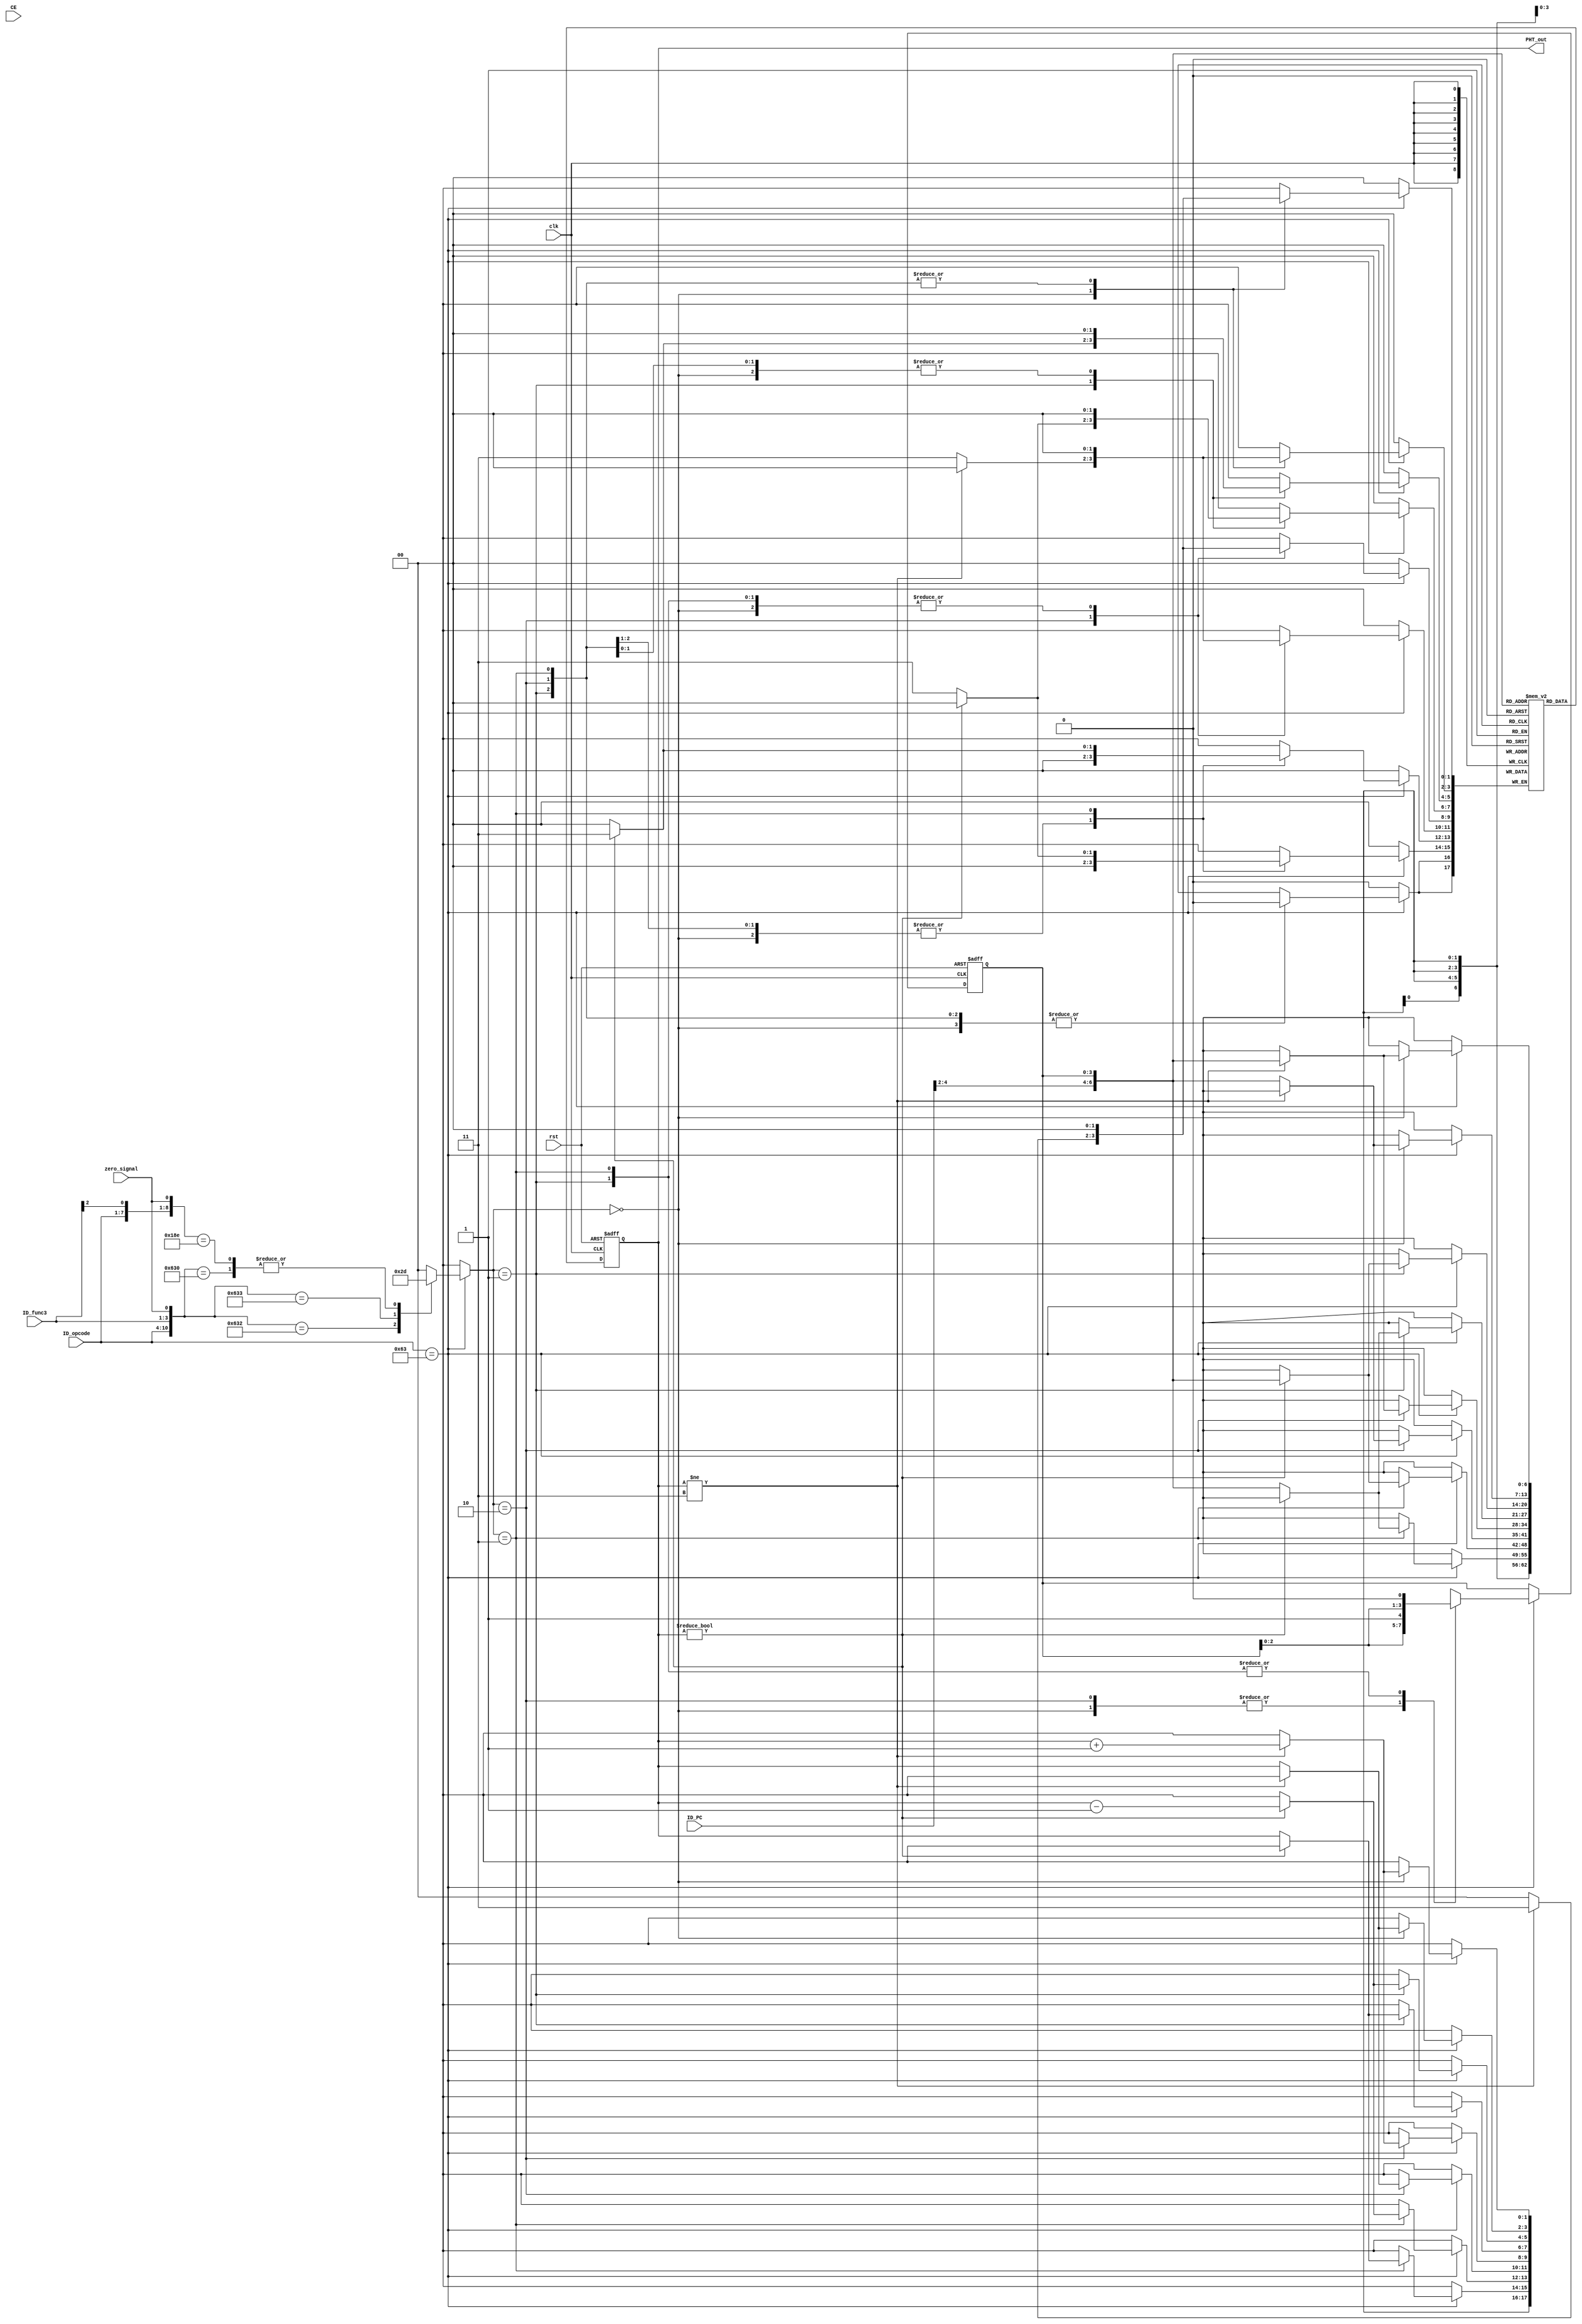
`timescale 1ps / 1ps
//////////////////////////////////////////////////////////////////////////////////
// Company: 
// Engineer: 
// 
// Design Name: 
// Module Name: BHR_and_PHT
// Project Name: 
// Target Devices: 
// Tool Versions: 
// Description: 
// 
// Dependencies: 
// 
// Revision:
// Revision 0.01 - File Created
// Additional Comments:
// 
//////////////////////////////////////////////////////////////////////////////////

//negedge for component inside the stage, posedge for register between the stage!!!

module BHR_and_PHT(
		input clk,
		input rst,
		input CE,
		input [31:0] ID_PC,				
		input [6:0] ID_opcode,
		input [2:0] ID_func3,
		input zero_signal,
		output wire [1:0] PHT_out
		);
		
		reg [6:0] IF_opcode;
		reg [3:0] BHR_stored;
		reg [1:0] PHT;
		reg [6:0] PHT_address;
		reg [1:0] PHT_stored [0:127];
		assign PHT_out = PHT;
		
		
		integer i;
		
		initial begin
			for (i=0;i<127;i=i+1) begin
				PHT_stored[i] = 2'b10;
			end
		end
			

			
		//Store current BHR
		always @(posedge clk or posedge rst) begin
		if (rst == 1) begin					// reset
			BHR_stored <= 0;
		end
		else begin
			if (ID_opcode == 7'b1100011) //&& !SD_PC_dstall && !SD_B_L_dstall) 
			begin
				case (result_upadte(ID_opcode, ID_func3, zero_signal))
				2'b00: BHR_stored <= {BHR_stored[2:0],1'b1};
				2'b01: BHR_stored <= {BHR_stored[2:0],1'b0};
				2'b10: BHR_stored <= {BHR_stored[2:0],1'b1};
				2'b11: BHR_stored <= {BHR_stored[2:0],1'b0};
				default: BHR_stored <= BHR_stored;
				endcase
			end
		end	
		end
		
		always @ (*)
		begin
			PHT_address = {ID_PC[4:2], BHR_stored};
		end
		
		always @(negedge clk or posedge rst) begin
		if (rst == 1) begin					// reset
			PHT <= 2'b10;
		end
		else 
			begin
				PHT <= PHT_stored[PHT_address];
			end
		end
		
		always @(posedge clk) 
		begin
			if (ID_opcode == 7'b1100011)
				begin
					case (result_upadte(ID_opcode, ID_func3, zero_signal))
							2'b00: 
								begin							//BEQ taken (actual)
									if (PHT!=3) 
										begin				
											PHT_stored[PHT_address] <= PHT+1;
										end
									else 
										begin	
											PHT_stored[PHT_address] <= PHT;
										end
								end
							2'b01: 
								begin							//BEQ not taken (actual)
									if (PHT!=0) 
										begin				
											PHT_stored[PHT_address] <= PHT-1;
										end
									else 
										begin	
											PHT_stored[PHT_address] <= PHT;
										end
								end
							2'b10: 
								begin							//BNE taken (actual)
									if (PHT!=3) 
										begin				
											PHT_stored[PHT_address] <= PHT+1;
										end
									else 
										begin	
											PHT_stored[PHT_address] <= PHT;
										end
								end
							2'b11: 
								begin							//BNE not taken (actual)
									if (PHT!=0) 
										begin				
											PHT_stored[PHT_address] <= PHT-1;
										end
									else 
										begin	
											PHT_stored[PHT_address] <= PHT;
										end
								end	
							default: PHT_stored[PHT_address] <= PHT_stored[PHT_address];
					endcase
				end
		end

		function integer result_upadte;
		input [6:0] old_opcode;
		input [2:0] old_func3;
		input zero;
			reg [1:0] case_sel;
			begin
				casez ({old_opcode, old_func3, zero})
				{7'b1100011, 3'b000, 1'b1}: case_sel = 2'b00;						//BEQ taken (actual)
				{7'b1100011, 3'b000, 1'b0}: case_sel = 2'b01;						//BEQ not taken (actual)
				{7'b1100011, 3'b001, 1'b0}: case_sel = 2'b10;						//BNE taken (actual)
				{7'b1100011, 3'b001, 1'b1}: case_sel = 2'b11;						//BNE not taken (actual)	
				{7'b1100011, 3'b1??, 1'b1}: case_sel = 2'b00;						//BLT/BGE/BLTU/BGEU taken (actual)
				{7'b1100011, 3'b1??, 1'b0}: case_sel = 2'b01;						//BLT/BGE/BLTU/BGEU not taken (actual)
				default: case_sel = 2'b00;											
				endcase	
			result_upadte = case_sel;
			end
		endfunction
		
		
endmodule